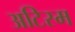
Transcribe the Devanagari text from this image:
अटिस्म